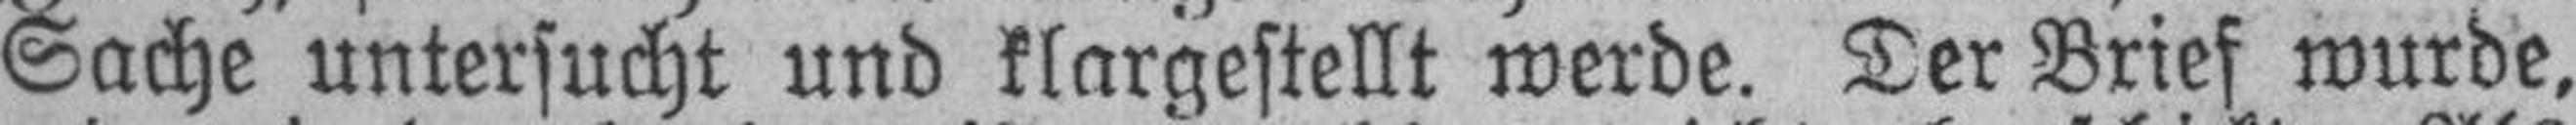
Sache untersucht und klargestellt werde. Der Brief wurde,